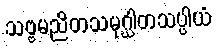
သဗ္ဗမညိတသမုဂ္ဃါတသပ္ပါယံ